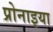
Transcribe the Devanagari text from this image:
प्रोनाइया